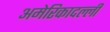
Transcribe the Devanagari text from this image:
अमेरिकादल्ली